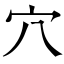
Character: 穴